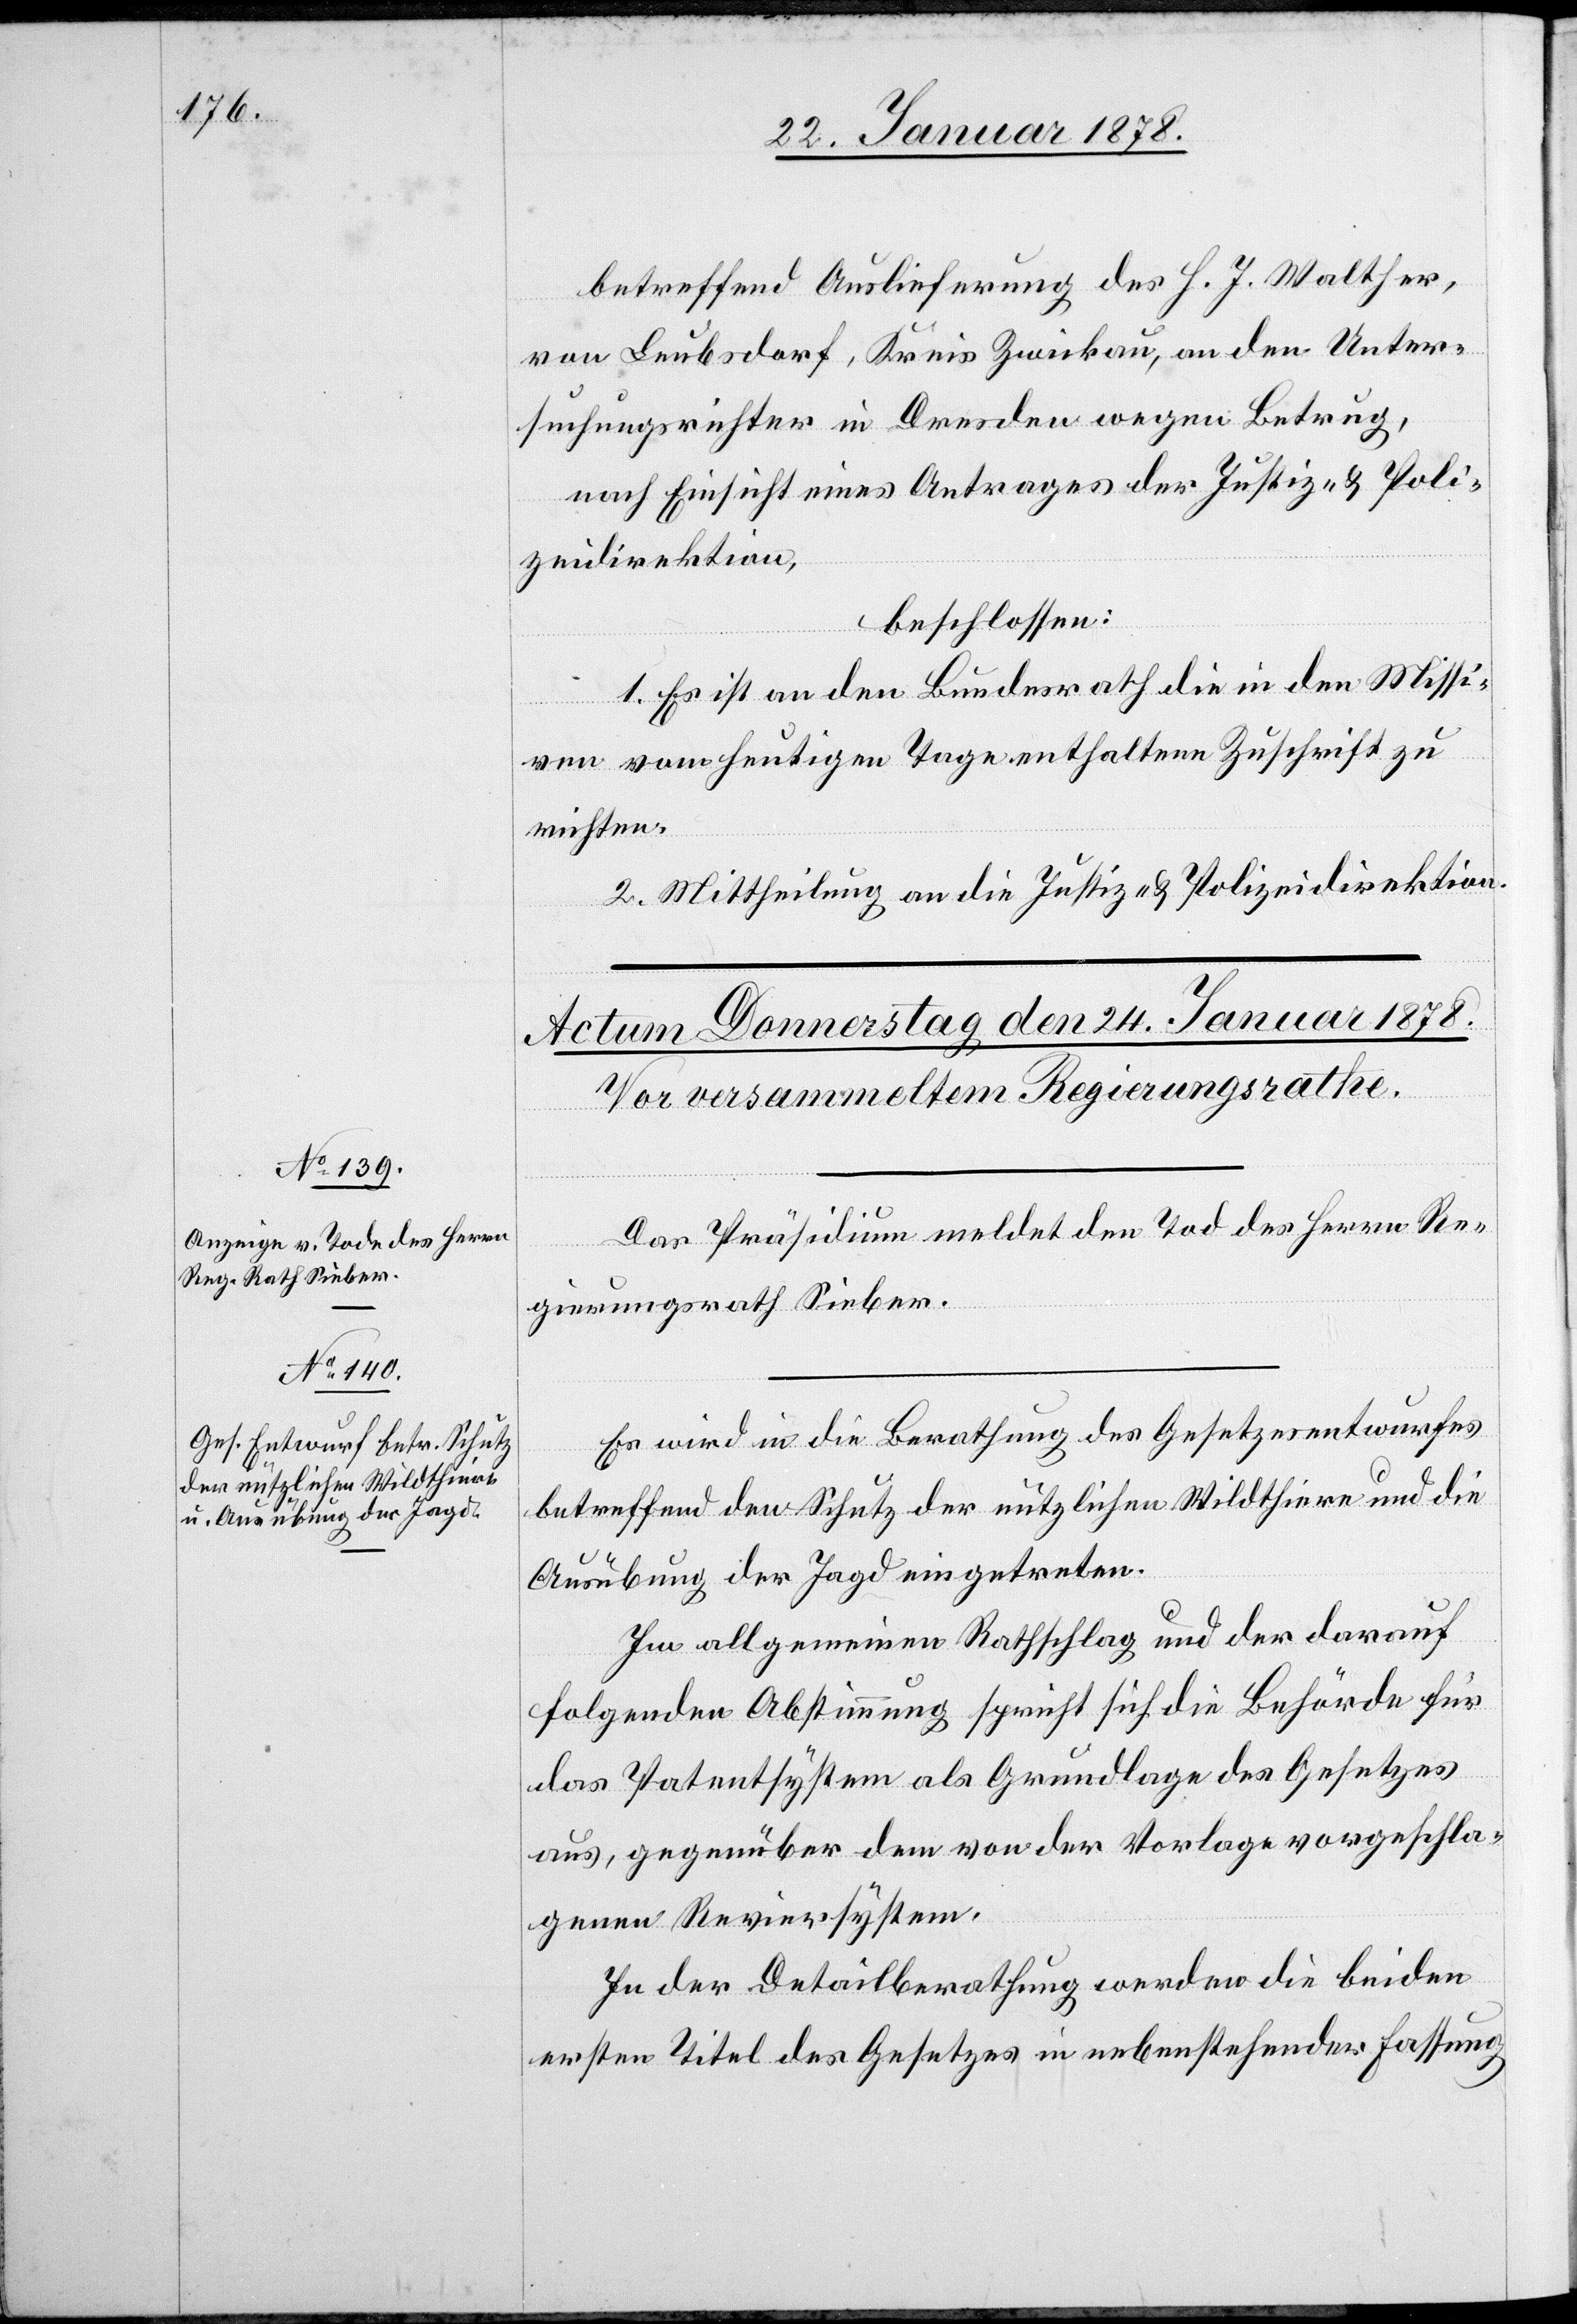
betreffend Auslieferung des H. J. Walter,
von Leubsdorf, Kreis Zwickau, an den Unter¬
suchungsrichter in Dresden wegen Betrug,
nach Einsicht eines Antrages der Justiz- & Poli¬
zeidirektion,
beschlossen:
1. Es ist an den Bundesrath die in den Missi¬
ven vom heutigen Tage enthaltene Zuschrift zu
richten.
2. Mittheilung an die Justiz- & Polizeidirektion.
Das Präsidium meldet den Tod des Herren Re¬
gierungsrath Sieber.
Es wird in die Berathung des Gesetzesentwurfes
betreffend den Schutz der nützlichen Wildthiere und die
Ausübung der Jagd eingetreten.
Im allgemeinen Rathschlag und der darauf
folgenden Abstimmung spricht sich die Behörde für
das Patentsystem als Grundlage des Gesetzes
aus, gegenüber dem von der Vorlage vorgeschla¬
genen Reviersystem.
In der Detailberathung werden die beiden
ersten Titel des Gesetzes in nebenstehender Fassung